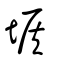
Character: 堠